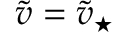
\tilde { v } = \tilde { v } _ { \star }